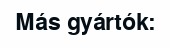
Más gyártók: